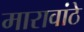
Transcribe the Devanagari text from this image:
मारावांठे